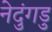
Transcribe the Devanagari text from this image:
नेदुंगडु